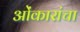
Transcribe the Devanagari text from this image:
ओंकारांचा